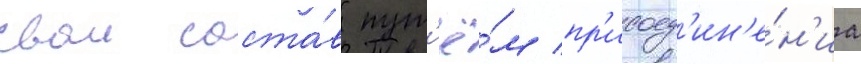
свои соста́в пут'ё́м пр'исоед'ин'е́н'иа